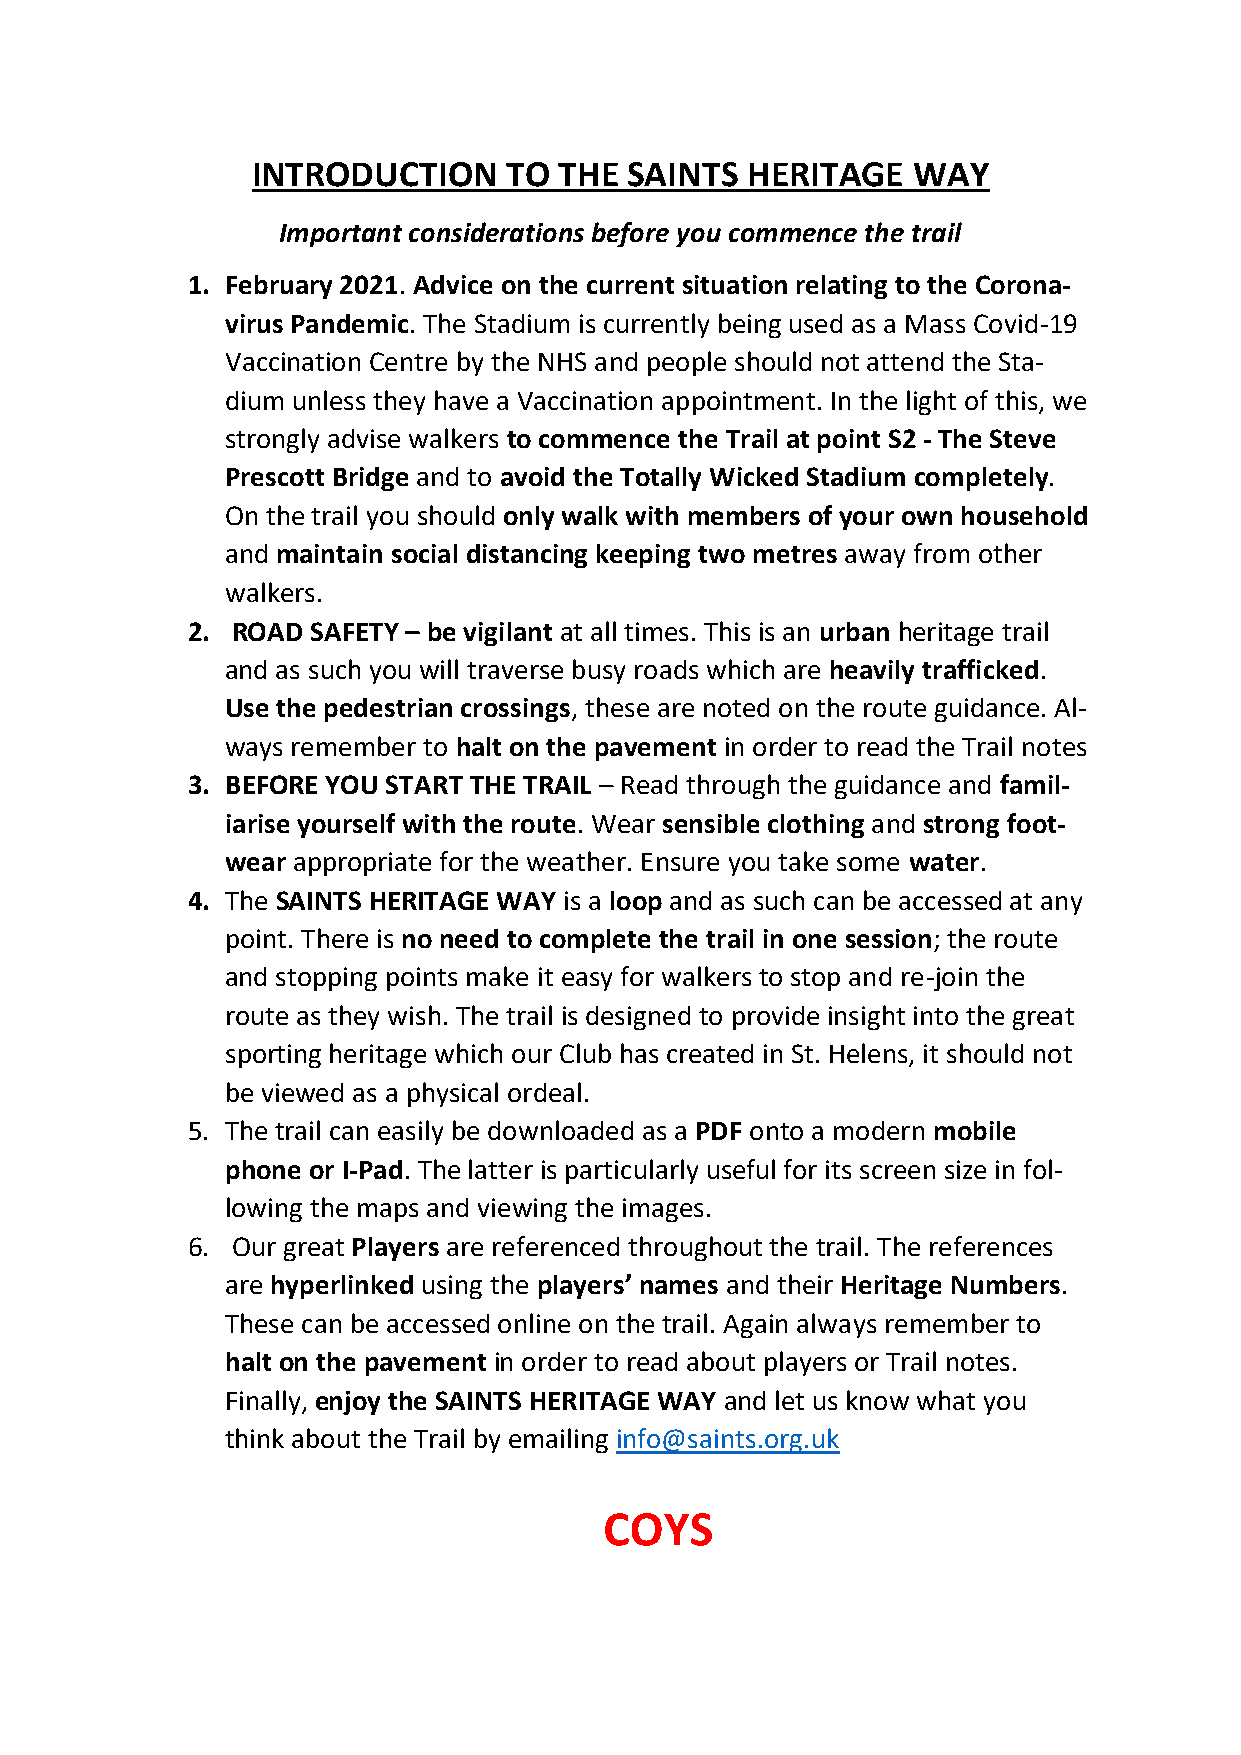
INTRODUCTION     TO THE  SAINTS HERITAGE   WAY
 Important considerations before you commence the trail
 1. February 2021. Advice on the current situation relating to the Corona-
 virus Pandemic. The Stadium is currently being used as a Mass Covid-19
 Vaccination Centre by the NHS and people should not attend the Sta-
 dium unless they have a Vaccination appointment. In the light of this, we
 strongly advise walkers to commence the Trail at point S2 - The Steve
 Prescott Bridge and to avoid the Totally Wicked Stadium completely.
 On the trail you should only walk with members of your own household
 and maintain social distancing keeping two metres away from other
 walkers.
 2. ROAD  SAFETY – be vigilant at all times. This is an urban heritage trail
 and as such you will traverse busy roads which are heavily trafficked.
 Use the pedestrian crossings, these are noted on the route guidance. Al-
 ways remember to halt on the pavement in order to read the Trail notes
 3. BEFORE YOU START THE TRAIL – Read through the guidance and famil-
 iarise yourself with the route. Wear sensible clothing and strong foot-
 wear appropriate for the weather. Ensure you take some water.
 4. The SAINTS HERITAGE WAY is a loop and as such can be accessed at any
 point. There is no need to complete the trail in one session; the route
 and stopping points make it easy for walkers to stop and re-join the
 route as they wish. The trail is designed to provide insight into the great
 sporting heritage which our Club has created in St. Helens, it should not
 be viewed as a physical ordeal.
 5. The trail can easily be downloaded as a PDF onto a modern mobile
 phone or I-Pad. The latter is particularly useful for its screen size in fol-
 lowing the maps and viewing the images.
 6. Our great Players are referenced throughout the trail. The references
 are hyperlinked using the players’ names and their Heritage Numbers.
 These can be accessed online on the trail. Again always remember to
 halt on the pavement in order to read about players or Trail notes.
 Finally, enjoy the SAINTS HERITAGE WAY and let us know what you
 think about the Trail by emailing info@saints.org.uk
 COYS